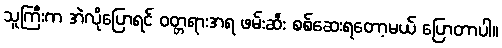
သူကြီးက အဲလိုပြောရင် ဝတ္တရားအရ ဖမ်းဆီး စစ်ဆေးရတော့မယ် ပြောတာပါ။